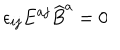
\epsilon _ { i j } E ^ { a j } \widehat B ^ { a } = 0